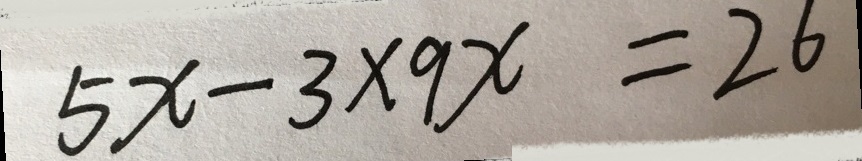
5 x - 3 \times 9 x = 2 6